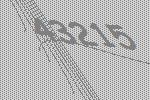
43215